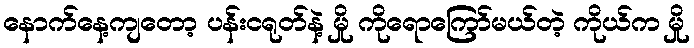
နောက်နေ့ကျတော့ ပန်းငရုတ်နဲ့ မှို ကိုရောကြော်မယ်တဲ့ ကိုယ်က မှို